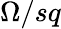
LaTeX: \Omega/sq